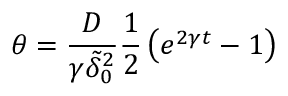
\theta = \frac { D } { \gamma { \tilde { \delta } } _ { 0 } ^ { 2 } } \frac { 1 } { 2 } \left( e ^ { 2 \gamma t } - 1 \right)